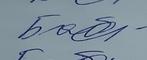
Signature authenticity: genuine